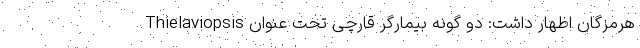
هرمزگان اظهار داشت: دو گونه بیمارگر قارچی تحت عنوان Thielaviopsis